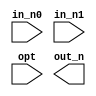
module CORE (
    in_n0,
    in_n1,
    opt,
    out_n
);
//--------------------------------------------------------------
//Input, Output Declaration
//--------------------------------------------------------------
input wire[2:0] in_n0, in_n1;
input wire[1:0] opt;
output reg signed[6:0] out_n;








endmodule 
//--------------------------------------------------------------
//Module Half Adder & Full Adder provided by TA
//--------------------------------------------------------------
module HA(
		a, 
		b, 
		sum, 
		c_out
);
  input wire a, b;
  output wire sum, c_out;
  xor (sum, a, b);
  and (c_out, a, b);
endmodule


module FA(
		a, 
		b, 
		c_in, 
		sum, 
		c_out
);
  input   a, b, c_in;
  output  sum, c_out;
  wire   w1, w2, w3;
  HA M1(.a(a), .b(b), .sum(w1), .c_out(w2));
  HA M2(.a(w1), .b(c_in), .sum(sum), .c_out(w3));
  or (c_out, w2, w3);
endmodule